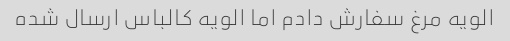
الویه مرغ سفارش دادم اما الویه کالباس ارسال شده